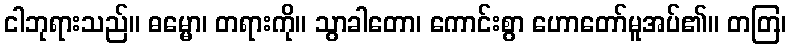
ငါဘုရားသည်။ ဓမ္မော၊ တရားကို။ သွာခါတော၊ ကောင်းစွာ ဟောတော်မူအပ်၏။ တတြ၊